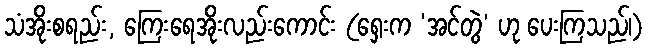
သံအိုးစရည်း, ကြေးရေအိုးလည်းကောင်း (ရှေးက ‘အင်တွဲ’ ဟု ပေးကြသည်၊)